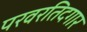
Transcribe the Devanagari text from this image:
परवरतिदगार